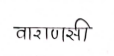
मजकूर: वाराणसी